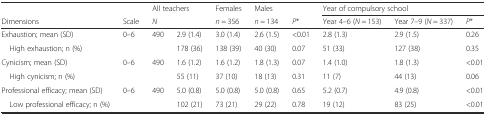
|  |  | <COLSPAN=2> All teachers | Females | Males |  | <COLSPAN=3> Year of compulsory school |
 | Dimensions | Scale | N |  | n = 356 | n = 134 | P* | Year 4–6 (N = 153) | Year 7–9 (N = 337) | P* |
 | --- | --- | --- | --- | --- | --- | --- | --- | --- | --- |
 | Exhaustion; mean (SD) | 0–6 | 490 | 2.9 (1.4) | 3.0 (1.4) | 2.6 (1.5) | <0.01 | 2.8 (1.3) | 2.9 (1.5) | 0.26 |
 | High exhaustion; n (%) |  |  | 178 (36) | 138 (39) | 40 (30) | 0.07 | 51 (33) | 127 (38) | 0.35 |
 | Cynicism; mean (SD) | 0–6 | 490 | 1.6 (1.2) | 1.6 (1.2) | 1.8 (1.3) | 0.07 | 1.4 (1.0) | 1.8 (1.3) | <0.01 |
 | High cynicism; n (%) |  |  | 55 (11) | 37 (10) | 18 (13) | 0.31 | 11 (7) | 44 (13) | 0.06 |
 | Professional efficacy; mean (SD) | 0–6 | 490 | 5.0 (0.8) | 5.0 (0.8) | 5.0 (0.8) | 0.65 | 5.2 (0.7) | 4.9 (0.8) | <0.01 |
 | Low professional efficacy; n (%) |  |  | 102 (21) | 73 (21) | 29 (22) | 0.78 | 19 (12) | 83 (25) | <0.01 |